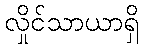
လှိုင်သာယာရှိ